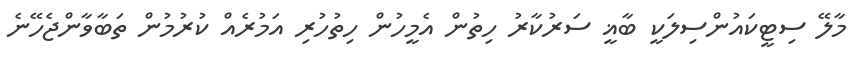
މާލޭ ސިޓީކައުންސިލަކީ ބާޣީ ސަރުކާރު ހިތުން އެމީހުން ހިތުހުރި އަމުރެއް ކުރުމުން ތަބާވާންޖެހޭނެ